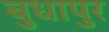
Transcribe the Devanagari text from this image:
बुधापुर